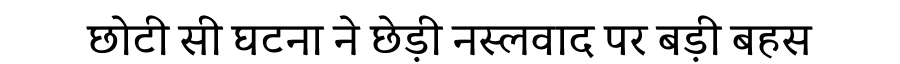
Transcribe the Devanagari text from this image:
छोटी सी घटना ने छेड़ी नस्लवाद पर बड़ी बहस